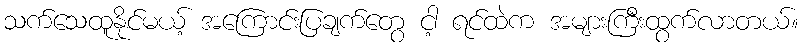
သက်သေထူနိုင်မယ့် အကြောင်းပြချက်တွေ ငါ့ ရင်ထဲက အများကြီးထွက်လာတယ်။